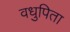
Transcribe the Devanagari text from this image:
वधुपिता